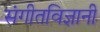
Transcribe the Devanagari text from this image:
संगीतविज्ञानी